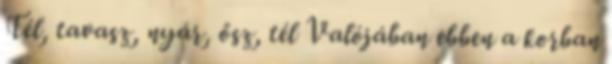
Tél, tavasz, nyár, ősz, tél Valójában ebben a korban